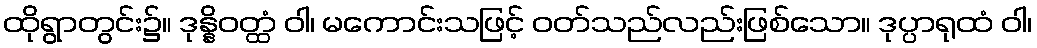
ထိုရွာတွင်း၌။ ဒုန္နိဝတ္ထံ ဝါ၊ မကောင်းသဖြင့် ဝတ်သည်လည်းဖြစ်သော။ ဒုပ္ပာရုထံ ဝါ၊